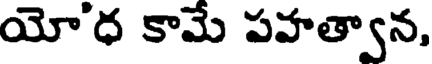
యో'ధ కామే పహత్వాన,